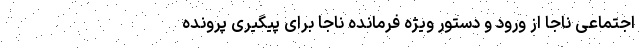
اجتماعی ناجا از ورود و دستور ویژه فرمانده ناجا برای پیگیری پرونده